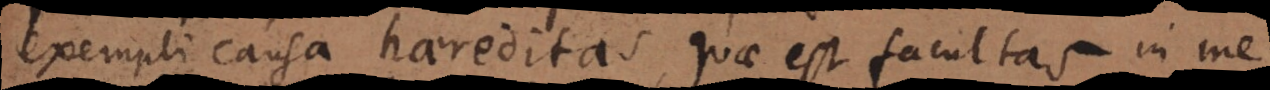
exempli causa haereditas, quae est facultas in me